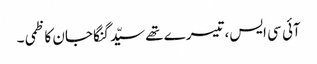
آئی سی ایس، تیسرے تھے سیّد گنگا جان کاظمی ۔